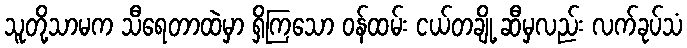
သူတို့သာမက သီရေတာထဲမှာ ရှိကြသော ဝန်ထမ်း ငယ်တချို့ ဆီမှလည်း လက်ခုပ်သံ